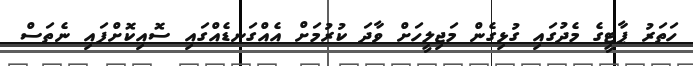
ހަތަރު ޕާޓީގެ މެދުގައި ގުޅިގެން މަޖިލީހަށް ވާދަ ކުރުމަށް އެއްގަނޑެއްގައި ސޮއިކޮށްފައި ނެތަސް